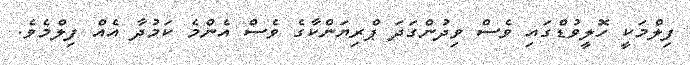
ފިލްމަކީ ހޮލީވުޑްގައި ވެސް ވިދުންގަދަ ޕްރިޔަންކާގެ ވެސް އެންމެ ކަމުދާ އެއް ފިލްމެވެ.